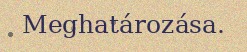
Meghatározása.